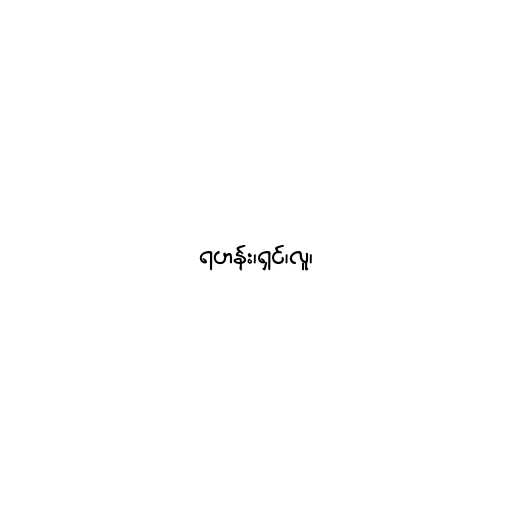
ရဟန်း၊ရှင်၊လူ၊